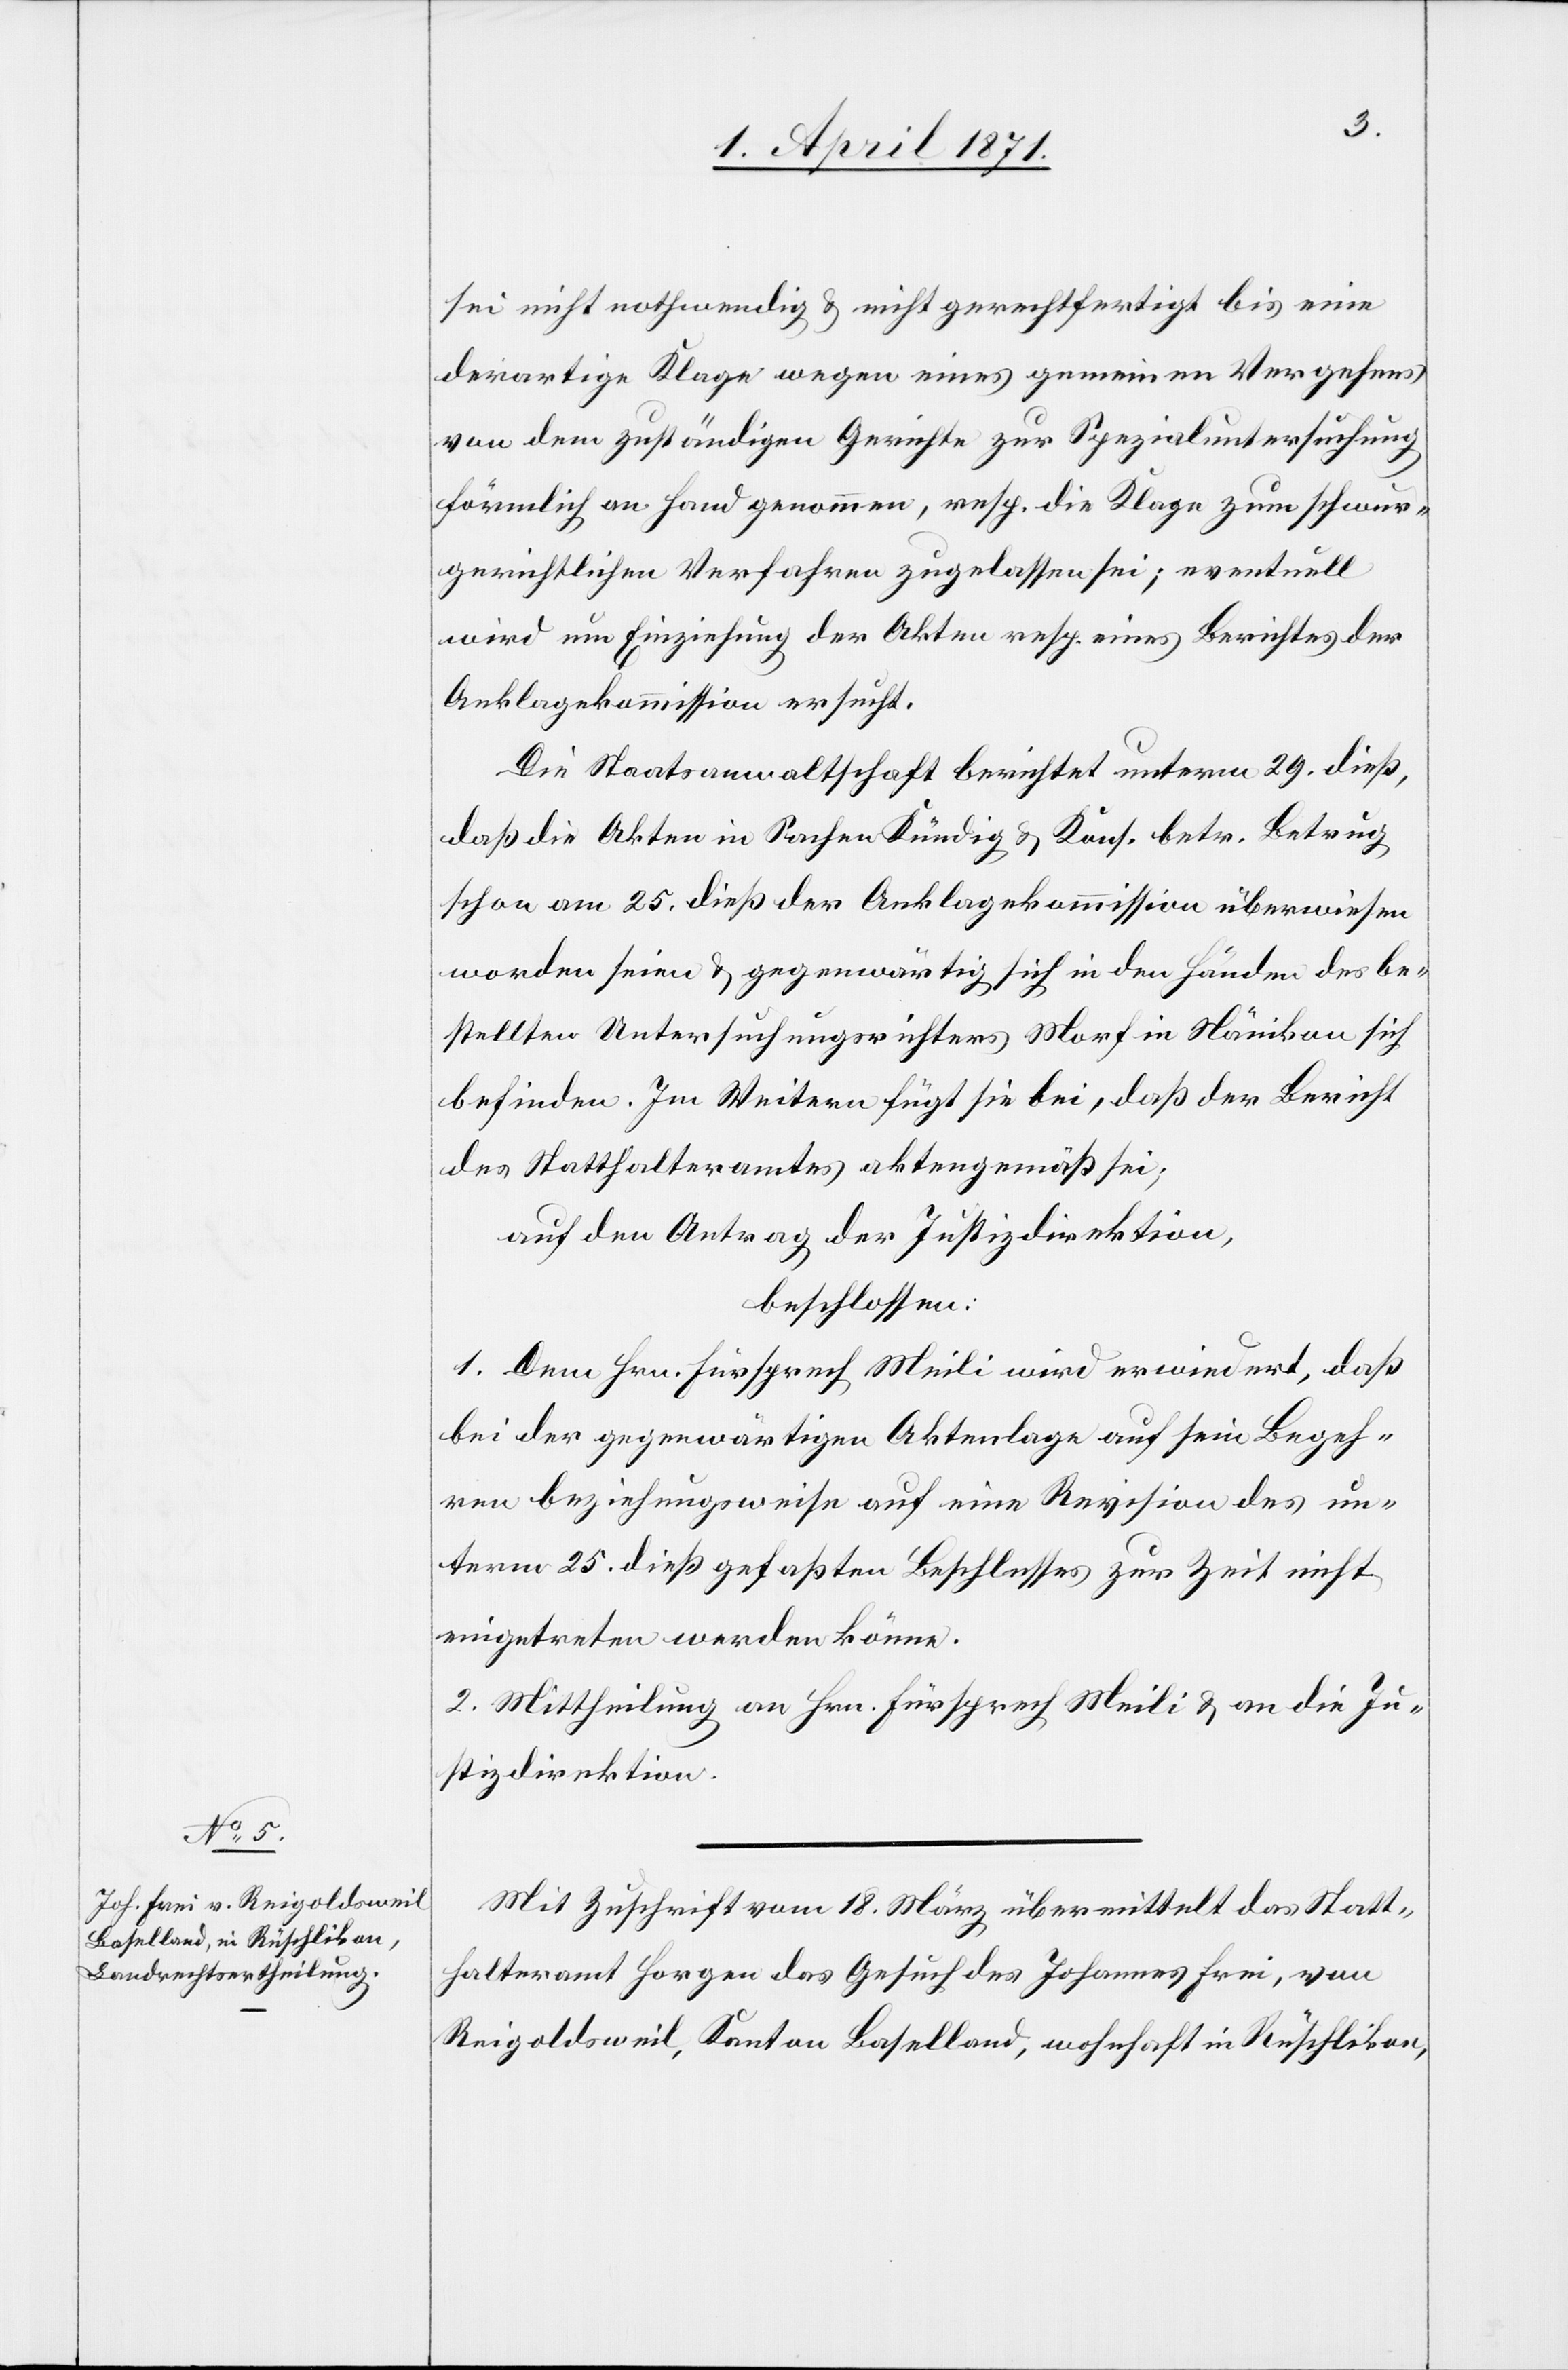
sei nicht nothwendig u. nicht gerechtfertigt bis eine
derartige Klage wegen eines gemeinen Vergehens
von dem zuständigen Gerichte zur Spezialuntersuchung
förmlich an Hand genommen, resp. die Klage zum schwur¬
gerichtlichen Verfahren zugelassen sei; eventuell
wird um Einziehung der Akten resp. eines Berichtes der
Anklagekommission ersucht.
Die Staatsanwaltschaft berichtet unterm 29. dieß,
daß die Akten in Sachen Kündig u. Kons. betr. Betrug
schon am 25. dieß der Anklagekommission überwiesen
worden seien u. gegenwärtig sich in den Händen des be¬
stellten Untersuchungsrichters Morf in Nänikon sich
befinden. Im Weitern fügt sie bei, daß der Bericht
des Statthalteramtes aktengemäß sei;
auf den Antrag der Justizdirektion,
beschlossen:
1. Dem Hrn. Fürsprech Meili wird erwiedert, daß
bei der gegenwärtigen Aktienlage auf sein Begeh¬
ren beziehungsweise auf eine Revision des un¬
term 25. dieß gefaßten Beschlusses zur Zeit nicht
eingetreten werden könne.
2. Mittheilung an Hrn. Fürsprech Meili u. an die Ju¬
stizdirektion.
Mit Zuschrift vom 18. März übermittelt das Statt¬
halteramt Horgen das Gesuch des Johannes Frei, von
Reigoldsweil, Kanton Baselland, wohnhaft in Rüschlikon,